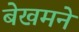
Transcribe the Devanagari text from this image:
बेखमने